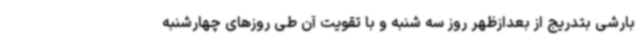
بارشی بتدریج از بعدازظهر روز سه شنبه و با تقویت آن طی روزهای چهارشنبه